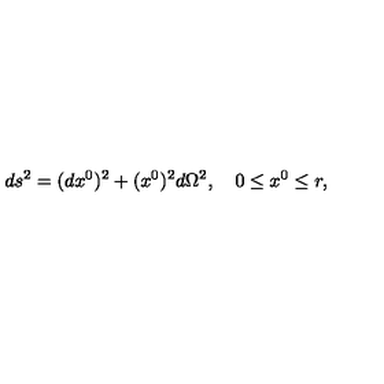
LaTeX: d s ^ { 2 } = ( d x ^ { 0 } ) ^ { 2 } + ( x ^ { 0 } ) ^ { 2 } d \Omega ^ { 2 } , \quad 0 \le x ^ { 0 } \le r ,